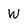
Character: W